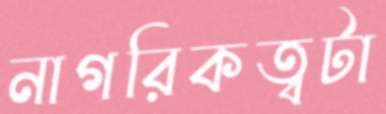
নাগরিকত্বটা